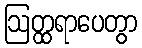
ဩတ္ထရာပေတွာ